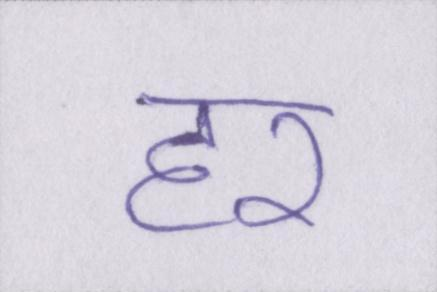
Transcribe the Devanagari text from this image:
हर